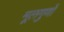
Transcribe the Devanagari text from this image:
मूलगुणों